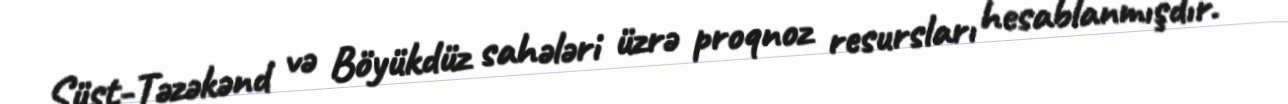
Süst-Təzəkənd və Böyükdüz sahələri üzrə proqnoz resursları hesablanmışdır.